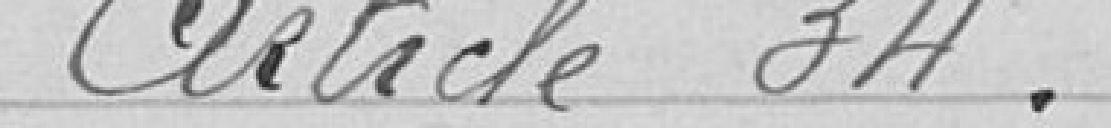
Article 34.